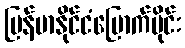
မြန်မာနိုင်ငံမြောက်ပိုင်း